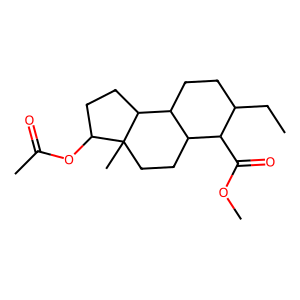
SMILES: CCC1CCC2C(CCC3(C)C(OC(C)=O)CCC23)C1C(=O)OC
Inhibits HIV replication: No